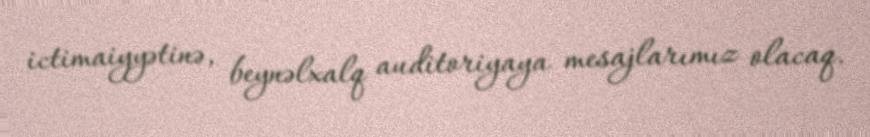
ictimaiyyətinə, beynəlxalq auditoriyaya mesajlarımız olacaq.